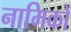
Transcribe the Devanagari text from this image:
नामिकों